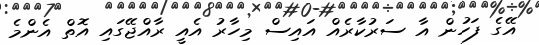
އޭގެ ފަހުން އާ ސަރުކާރެއް އައިސް މިހާރު އެއީ ރާއްޖޭގައި އޮތް އެންމެ